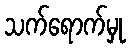
သက်ရောက်မှု